Malaria in the Punjab - Number 46
Disease focus: Malaria
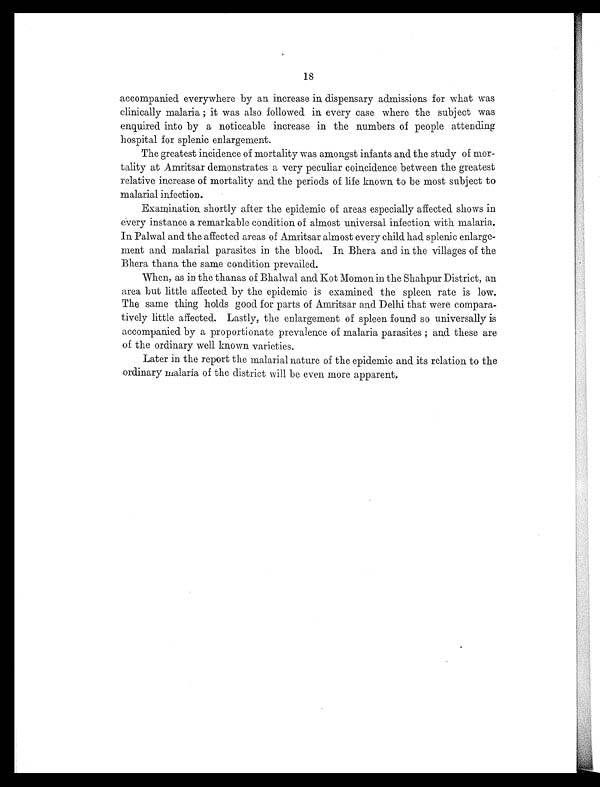
18
accompanied everywhere by an increase in dispensary admissions for what was
clinically malaria; it was also followed in every case where the subject was
enquired into by a noticeable increase in the numbers of people attending
hospital for splenic enlargement.
The greatest incidence of mortality was amongst infants and the study of mor-
tality at Amritsar demonstrates a very peculiar coincidence between the greatest
relative increase of mortality and the periods of life known to be most subject to
malarial infection.
Examination shortly after the epidemic of areas especially affected shows in
every instance a remarkable condition of almost universal infection with malaria.
In Palwal and the affected areas of Amritsar almost every child had splenic enlarge-
ment and malarial parasites in the blood. In Bhera and in the villages of the
Bhera thana the same condition prevailed.
When, as in the thanas of Bhalwal and Kot Momon in the Shahpur District, an
area but little affected by the epidemic is examined the spleen rate is low.
The same thing holds good for parts of Amritsar and Delhi that were compara-
tively little affected. Lastly, the enlargement of spleen found so universally is
accompanied by a proportionate prevalence of malaria parasites ; and these are
of the ordinary well known varieties.
Later in the report the malarial nature of the epidemic and its relation to the
ordinary malaria of the district will be even more apparent.